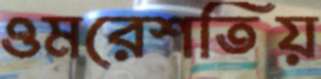
ওমরেশতিয়